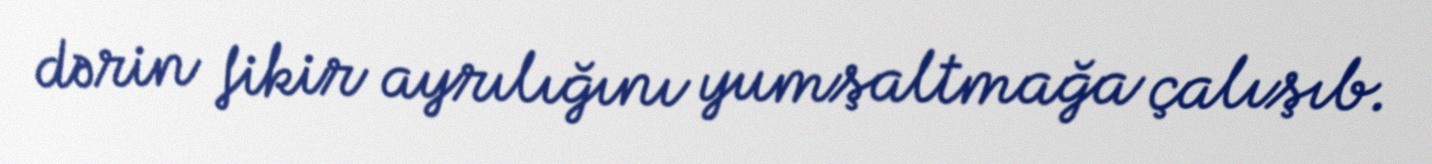
dərin fikir ayrılığını yumşaltmağa çalışıb.